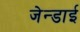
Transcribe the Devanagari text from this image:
जेन्‍डाई